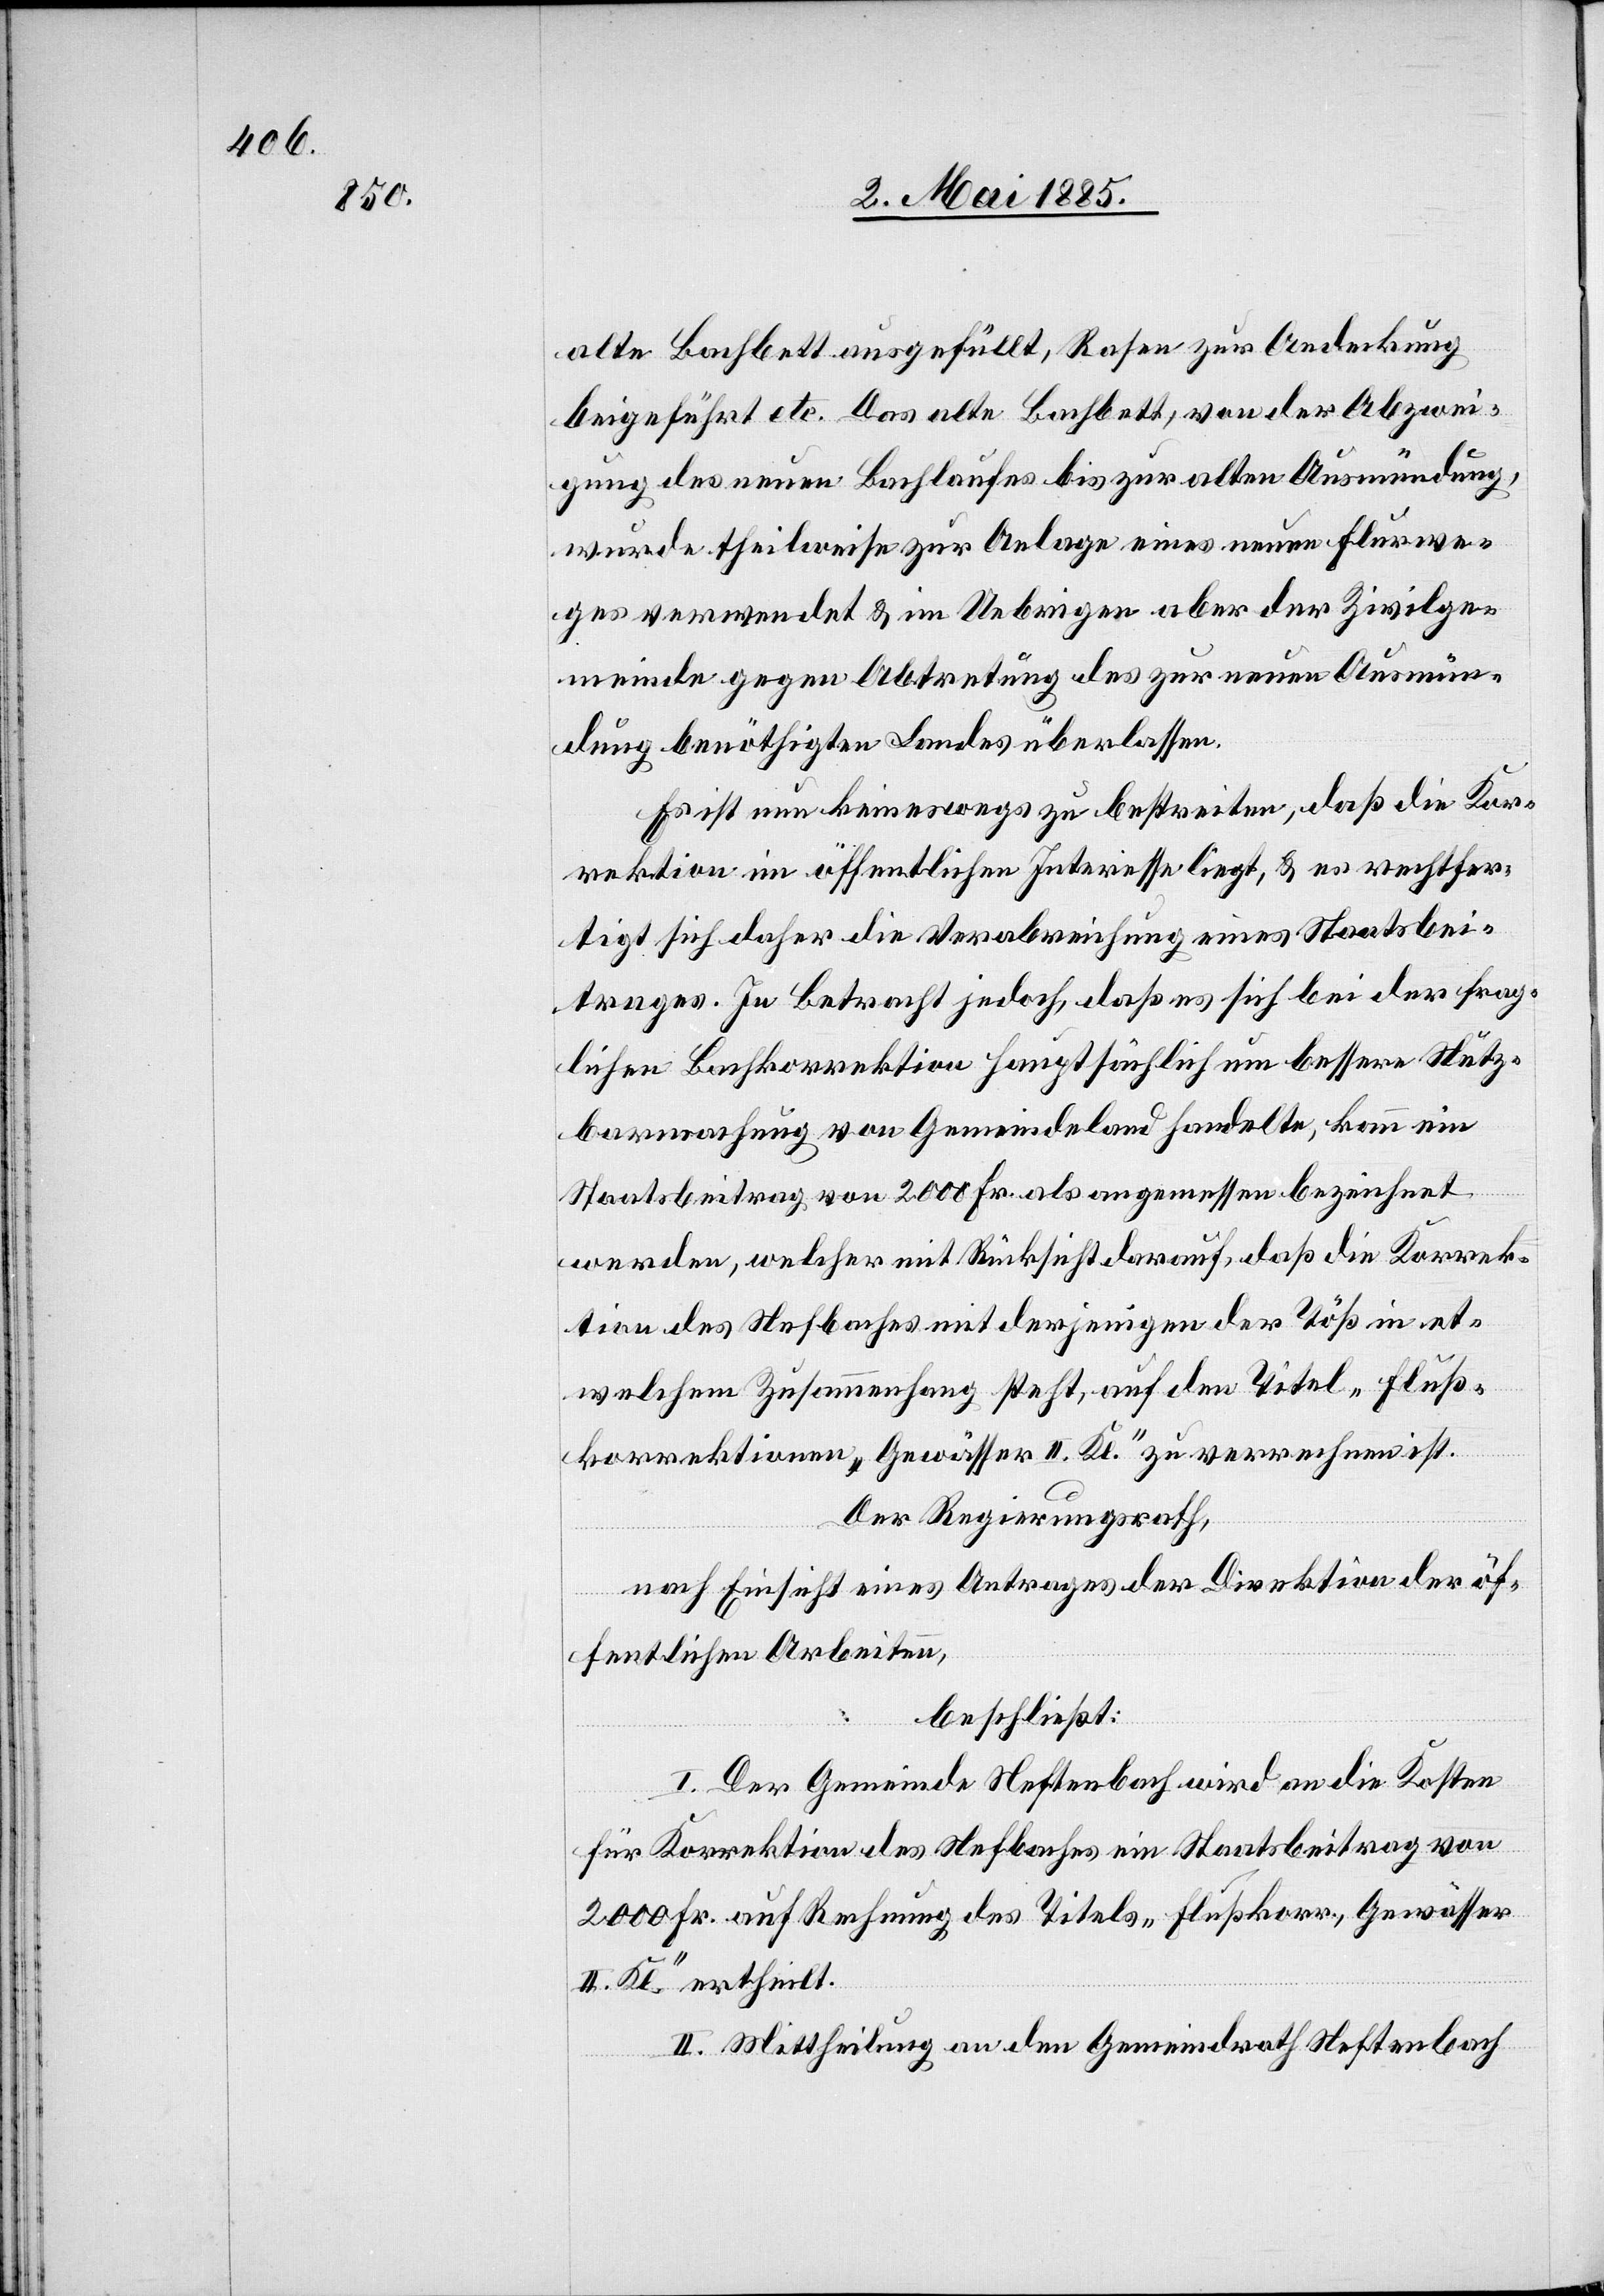
alte Bachbett ausgefüllt, Rasen zur Andeckung
beigeführt etc. Das alte Bachbett, von der Abzwei¬
gung des neuen Bachlaufes bis zur alten Ausmündung,
wurde theilweise zur Anlage eines neuen Flurwe¬
ges verwendet & im Uebrigen aber der Zivilge¬
meinde gegen Abtretung des zur neuen Ausmün¬
dung benöthigten Landes überlassen.
Es ist nun keineswegs zu bestreiten, daß die Kor¬
rektion im öffentlichen Interesse liegt, & es rechtfer¬
tigt sich daher die Verabreichung eines Staatsbei¬
trages. In Betracht jedoch, daß es sich bei der frag¬
lichen Bachkorrektion hauptsächlich um bessere Nütz¬
barmachung von Gemeindeland handelte, kann ein
Staatsbeitrag von 2000 Fr. als angemessen bezeichnet
werden, welcher mit Rücksicht darauf, daß die Korrek¬
tion des Nefbaches mit derjenigen der Töß in et¬
welchem Zusammenhang steht, auf den Titel „Fluß¬
korrektionen, Gewässer II. Kl“ zu bezeichnen ist.
Der Regierungsrath,
nach Einsicht eines Antrages der Direktion der öf¬
fentlichen Arbeiten,
beschließt:
I. Der Gemeinde Neftenbach wird an die Kosten
für Korrektion des Nefbaches ein Staatsbeitrag von
2000 Fr. auf Rechnung des Titels „Flußkorr., Gewässer
II. Kl.“ ertheilt.
II. Mittheilung an den Gemeindrath Neftenbach